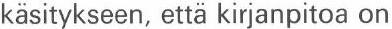
käsitykseen, että kirjanpitoa on